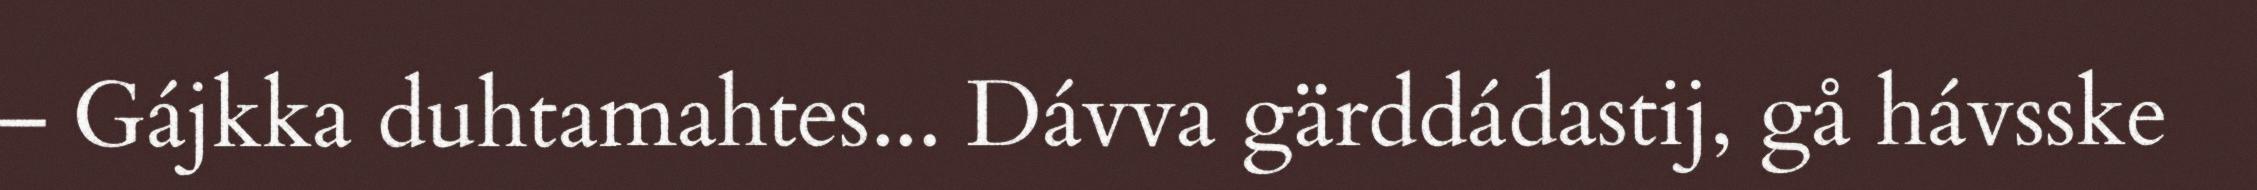
– Gájkka duhtamahtes... Dávva gärddádastij, gå hávsske